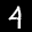
Label: 4